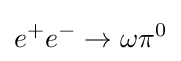
e^{+}e^{-}\to \omega \pi ^{0}